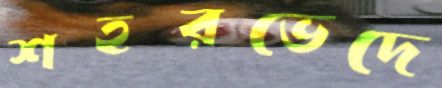
শহরভেদে